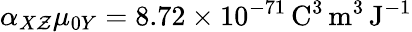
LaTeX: \alpha_{X\mathcal{Z}}\mu_{0Y}=8.72\times10^{-71}\, \mathrm{{C}}^{3}\, \mathrm{{m}}^{3}\, \mathrm{{J}}^{-1}